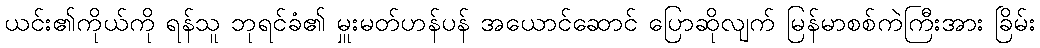
ယင်း၏ကိုယ်ကို ရန်သူ ဘုရင်ခံ၏ မှူးမတ်ဟန်ပန် အယောင်ဆောင် ပြောဆိုလျက် မြန်မာစစ်ကဲကြီးအား ခြိမ်း